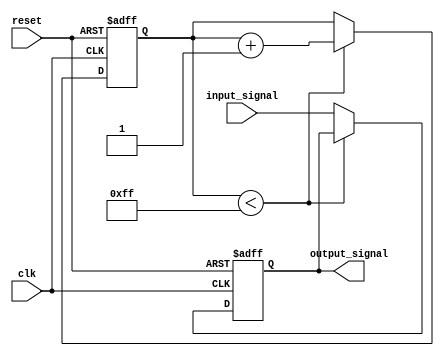
module Latch_Delay (
    input wire clk,
    input wire reset,
    input wire input_signal,
    output reg output_signal
);

reg [7:0] delay_count;

always @(posedge clk or posedge reset) begin
    if (reset) begin
        delay_count <= 8'b0; // Set initial delay count
        output_signal <= 1'b0; // Set initial output signal
    end else begin
        if (delay_count < 8'hFF) begin
            delay_count <= delay_count + 1; // Increment delay count
        end else begin
            output_signal <= input_signal; // Capture input signal
        end
    end
end

endmodule